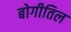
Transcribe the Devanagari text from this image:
बोगीतिल